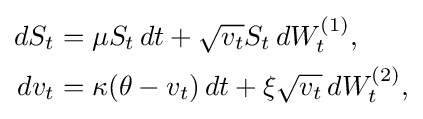
{\begin{aligned}dS_{t}&=\mu S_{t}\,dt+{\sqrt {v_{t}}}S_{t}\,dW_{t}^{(1)},\\dv_{t}&=\kappa (\theta -v_{t})\,dt+\xi {\sqrt {v_{t}}}\,dW_{t}^{(2)},\end{aligned}}